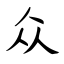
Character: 众